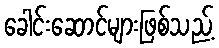
ခေါင်းဆောင်များဖြစ်သည့်